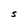
Character: S